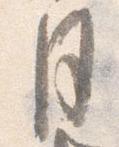
月